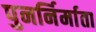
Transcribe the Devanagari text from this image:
पुनर्निर्माता